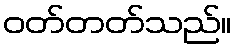
ဝတ်တတ်သည်။